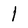
Character: 1